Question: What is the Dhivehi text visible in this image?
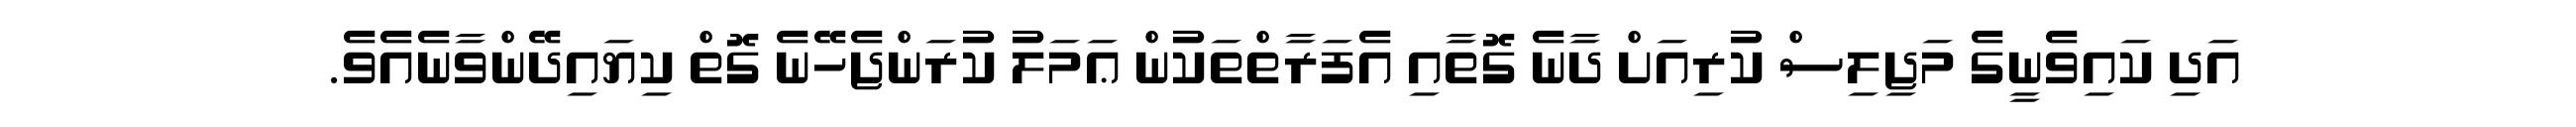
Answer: އަދި ކައިވެނީގެ މަޖިލިސް ކުރިއަށް ދާނެ ގޮތާއި އެފަރާތްތަކުން ޢަމަލު ކުރަންޖެހޭނެ ގޮތް ކިޔައިދޭންވާނެއެވެ.